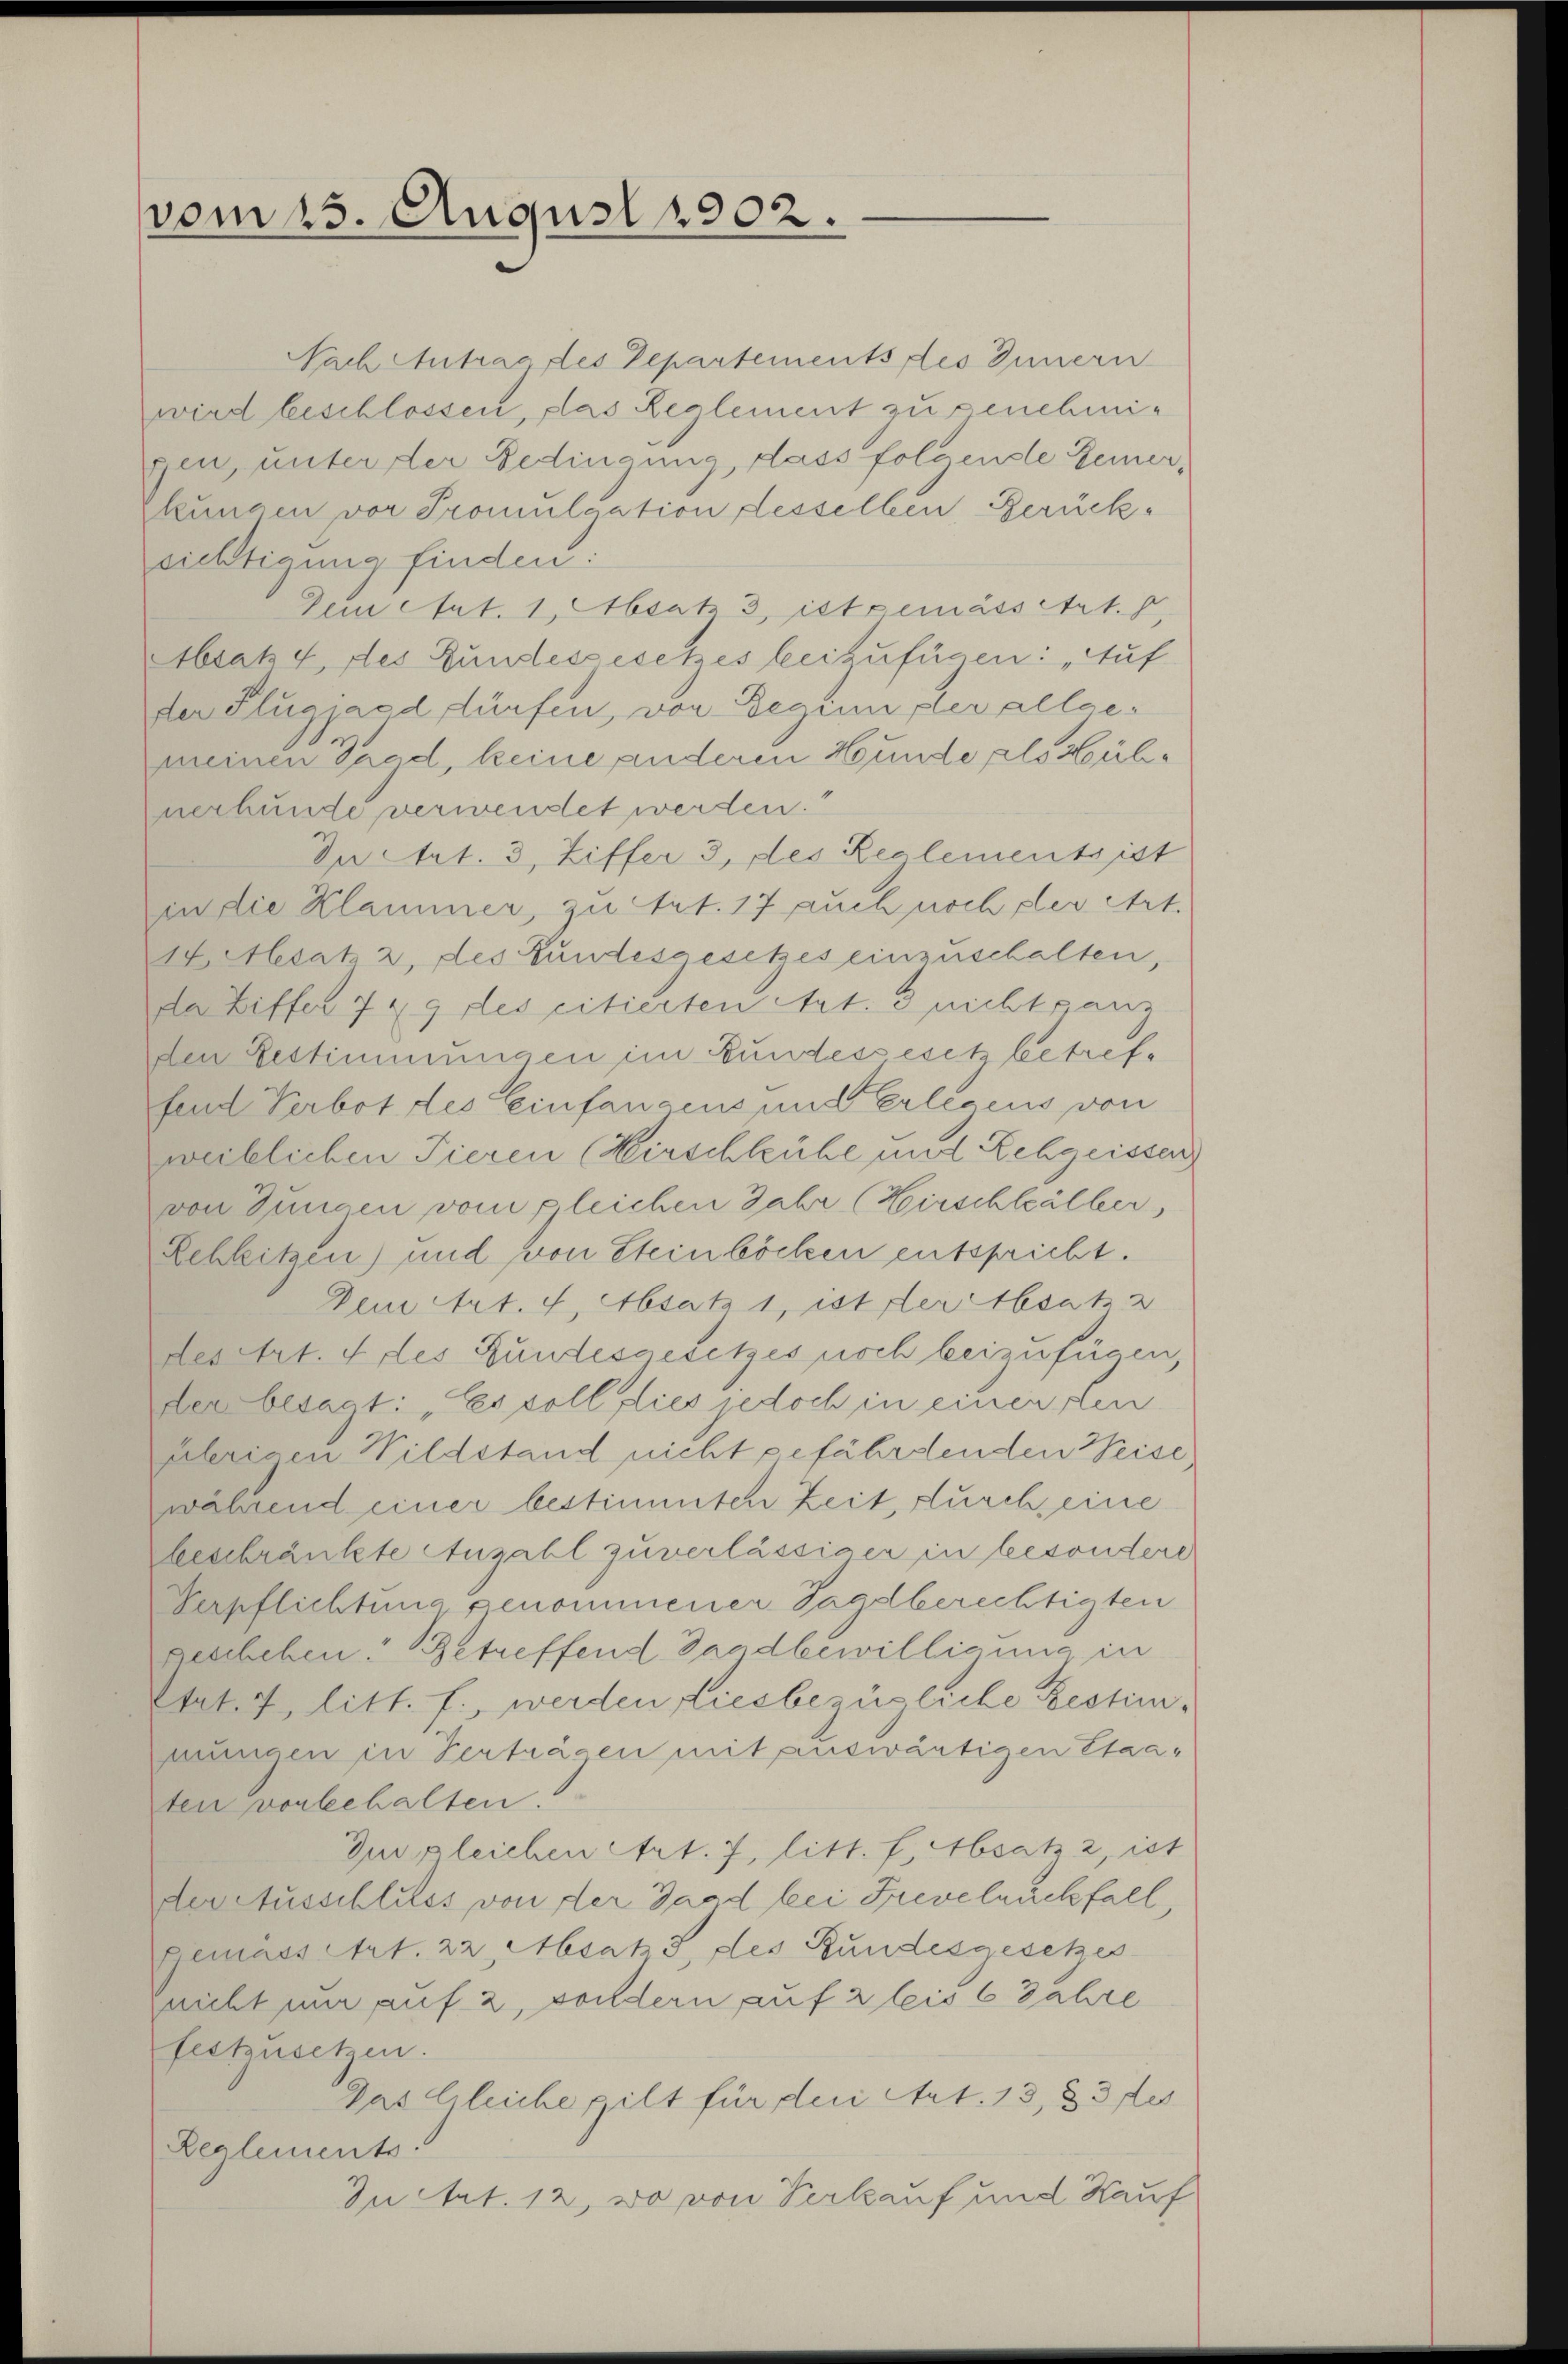
vom 15. August 1902.

Nach Antrag des Departements des Innern
wird beschlossen, das Reglement zu genehmigen, unter der Bedingung, dass folgenste Bemerkungen vor Promulgation desselben Berückrichtigung finden:
Dement. 1, Absatz 3 ist gemässetzt.
AAbsat 4, des Bundesgesetzes beizufügen: „Auf
der Flugzard dürfen, vor Beginn der allgemeinen Jagd, keine anderen Hunde als Hühverhunde verwendet werden.“
In Art. 3, Ziffer 3, des Realements ist
in die Klammer, zu Art. 17 auch noch der Art.
14. Alesat 2, des Bundesgesetzes einzuschalten,
da Ziffer 7 49 des citierten Art. 3 nicht ganz
den Bestimmungen im Bundessesetz betreffend Verbot des Einfangens und Erlegens von
weiblichen Tieren (Wirschkühe und Rehgeissen
von Jungen vom gleichen Jahr (Hirschleälber
Schleitzen) und von Steinböcken entspricht.
Dem Art. 7, Absatz 1, ist der Absatz 2
des Art. 4 des Bundesgesetzes noch beizufügen,
der besagt: „Es soll, dies jedoch in einer den
aherigen Wildstand nicht gefährdenden Weise
während einer bestimmten Zeit, durch, eine
gbeschränkte Anzahl zuverlässiger in besondere
Verpflichtung genommener Sagdberechtigten
geschehen. Betreffend Sandbewilligung in
Etat. 7, litt. f., werden diesbezügliche Restimmungen in Verträgen mit auswärtigen Staaten vorbehalten.
Zurgleichen Art. 7, litt. f. Absatz 2, ist
der Ausschluss von der Gard bei Frevelrückfall,
Bemass Art. 22, Absatz, des Bundesgesetzes
zricht mir auf 2, sondern auf 2 leis 6 Jahre
festzusetzen.
Das Gleiche gilt für den Art. 13, 33 fes
Reglements
Du Art. 12, wo von Verkauf und Kauf